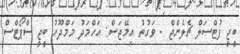
ބީޖީ ފުޓްސަލް ޗެލެންޖް - ވަގުތު އިމޭޖަސް: އަހްމަދު މަމްދޫހު ބީޖީ ސްޕޯޓްސް